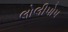
લોલીપોપ